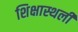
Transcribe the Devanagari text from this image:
शिक्षास्थली